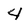
Character: 4